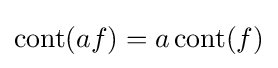
\operatorname {cont} (af)=a\operatorname {cont} (f)